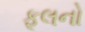
ફૂલનો